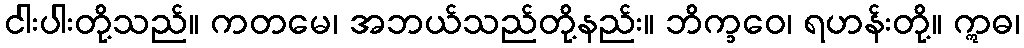
ငါးပါးတို့သည်။ ကတမေ၊ အဘယ်သည်တို့နည်း။ ဘိက္ခဝေ၊ ရဟန်းတို့။ ဣဓ၊